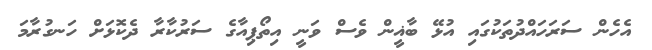
އެހެން ސަރަހައްދުތަކުގައި އުޅޭ ބާޣީން ވެސް ވަނީ އިތޯޕިއާގެ ސަރުކާރާ ދެކޮޅަށް ހަނގުރާމަ